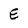
Character: E